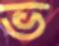
ভ